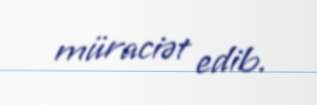
müraciət edib.